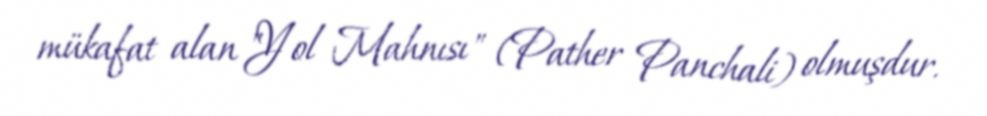
mükafat alan "Yol Mahnısı" (Pather Panchali) olmuşdur.